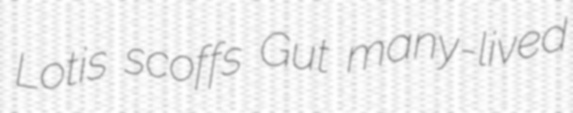
Lotis scoffs Gut many-lived